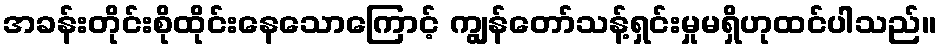
အခန်းတိုင်းစိုထိုင်းနေသောကြောင့် ကျွန်တော်သန့်ရှင်းမှုမရှိဟုထင်ပါသည်။